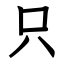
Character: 只